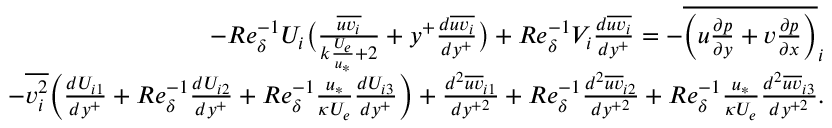
\begin{array} { r } { - R e _ { \delta } ^ { - 1 } U _ { i } \big ( \frac { \overline { { u v _ { i } } } } { k \frac { U _ { e } } { u _ { * } } + 2 } + y ^ { + } \frac { d \overline { { u v _ { i } } } } { d y ^ { + } } \big ) + R e _ { \delta } ^ { - 1 } V _ { i } \frac { d \overline { { u v _ { i } } } } { d y ^ { + } } = - \overline { { \Big ( u \frac { \partial p } { \partial y } + v \frac { \partial p } { \partial x } \Big ) } } _ { i } } \\ { - \overline { { v _ { i } ^ { 2 } } } \Big ( \frac { d U _ { i 1 } } { d y ^ { + } } + R e _ { \delta } ^ { - 1 } \frac { d U _ { i 2 } } { d y ^ { + } } + R e _ { \delta } ^ { - 1 } \frac { u _ { * } } { \kappa U _ { e } } \frac { d U _ { i 3 } } { d y ^ { + } } \Big ) + \frac { d ^ { 2 } \overline { { u v } } _ { i 1 } } { d y ^ { + 2 } } + R e _ { \delta } ^ { - 1 } \frac { d ^ { 2 } \overline { { u v } } _ { i 2 } } { d y ^ { + 2 } } + R e _ { \delta } ^ { - 1 } \frac { u _ { * } } { \kappa U _ { e } } \frac { d ^ { 2 } \overline { { u v } } _ { i 3 } } { d y ^ { + 2 } } . } \end{array}